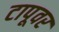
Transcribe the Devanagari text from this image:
टापूवर